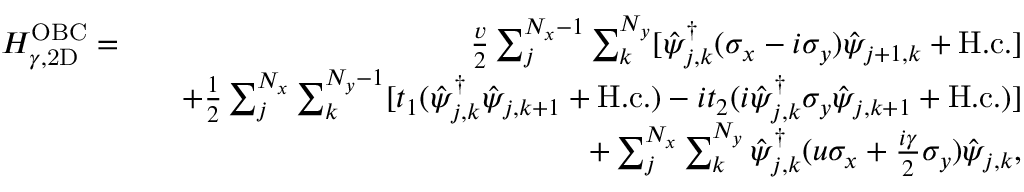
\begin{array} { r l r } { H _ { \gamma , \mathrm { 2 D } } ^ { \mathrm { O B C } } = } & { } & { \frac { v } { 2 } \sum _ { j } ^ { N _ { x } - 1 } \sum _ { k } ^ { N _ { y } } [ \hat { \psi } _ { j , k } ^ { \dag } ( \sigma _ { x } - i \sigma _ { y } ) \hat { \psi } _ { j + 1 , k } + \mathrm { H . c . } ] } \\ & { } & { + \frac { 1 } { 2 } \sum _ { j } ^ { N _ { x } } \sum _ { k } ^ { N _ { y } - 1 } [ t _ { 1 } ( \hat { \psi } _ { j , k } ^ { \dag } \hat { \psi } _ { j , k + 1 } + \mathrm { H . c . } ) - i t _ { 2 } ( i \hat { \psi } _ { j , k } ^ { \dag } \sigma _ { y } \hat { \psi } _ { j , k + 1 } + \mathrm { H . c . } ) ] } \\ & { } & { + \sum _ { j } ^ { N _ { x } } \sum _ { k } ^ { N _ { y } } \hat { \psi } _ { j , k } ^ { \dag } ( u \sigma _ { x } + \frac { i \gamma } { 2 } \sigma _ { y } ) \hat { \psi } _ { j , k } , } \end{array}